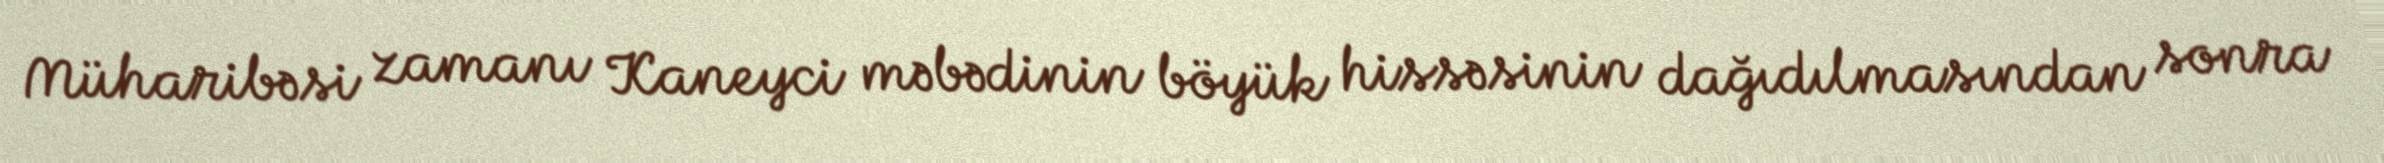
Müharibəsi zamanı Kaneyci məbədinin böyük hissəsinin dağıdılmasından sonra